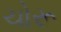
ચોરૂ